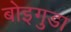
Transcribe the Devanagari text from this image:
बोइगुडा